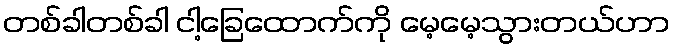
တစ်ခါတစ်ခါ ငါ့ခြေထောက်ကို မေ့မေ့သွားတယ်ဟာ